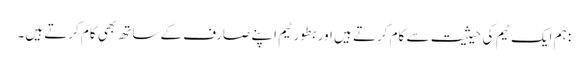
: ہم ایک ٹیم کی حیثیت سے کام کرتے ہیں اور بطور ٹیم اپنے صارف کے ساتھ بھی کام کرتے ہیں۔